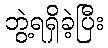
ဘွဲ့ရရှိခဲ့ပြီး